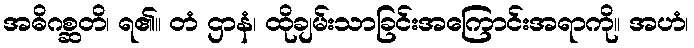
အဓိဂစ္ဆတိ၊ ရ၏။ တံ ဌာနံ၊ ထိုချမ်းသာခြင်းအကြောင်းအရာကို။ အဟံ၊